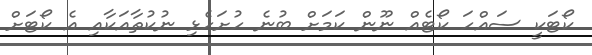
ކޯޓަކީ ސައްހަ ކޯޓެއް ނޫން ކަމަށް ބުނެ ހުށަހެޅި ނުކުތާއަކާއި އެ ކޯޓަށް